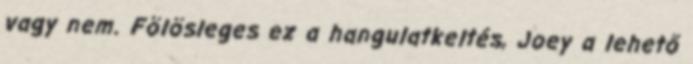
vagy nem. Fölösleges ez a hangulatkeltés, Joey a lehető